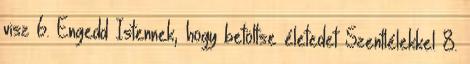
visz 6. Engedd Istennek, hogy betöltse életedet Szentlélekkel 8.